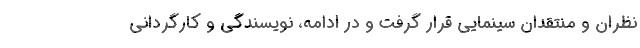
نظران و منتقدان سینمایی قرار گرفت و در ادامه، نویسندگی و کارگردانی